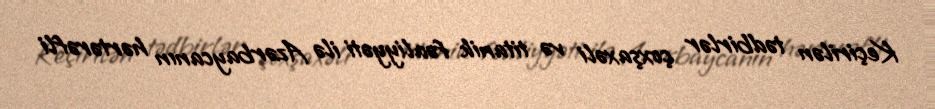
Keçirilən tədbirlər çoxşaxəli və titanik fəaliyyəti ilə Azərbaycanın hərtərəfli